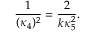
\frac { 1 } { ( \kappa _ { 4 } ) ^ { 2 } } = \frac { 2 } { k \kappa _ { 5 } ^ { 2 } } .